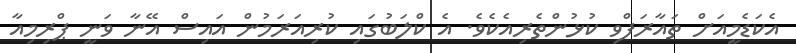
އެކަޑެމީއަށް ތައާރަފްވި ކުޅުންތެރިއެކެވެ. އެ ކްލަބުގައި ކުރިއަރަމުން އައިސް އޭނާ ވަނީ ޕްރިމިއާ